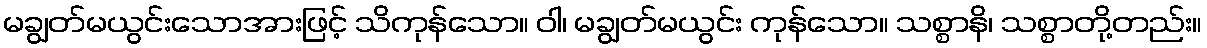
မချွတ်မယွင်းသောအားဖြင့် သိကုန်သော။ ဝါ၊ မချွတ်မယွင်း ကုန်သော။ သစ္စာနိ၊ သစ္စာတို့တည်း။